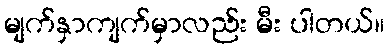
မျက်နှာကျက်မှာလည်း မီး ပါတယ်။